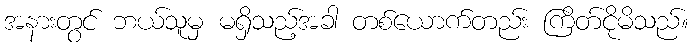
အနားတွင် ဘယ်သူမှ မရှိသည့်အခါ တစ်ယောက်တည်း ကြိတ်ငိုမိသည်။